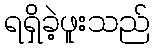
ရရှိခဲ့ဖူးသည်